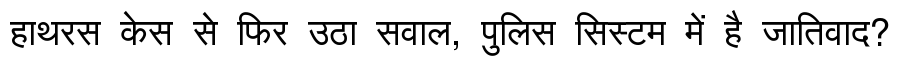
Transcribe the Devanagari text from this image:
हाथरस केस से फिर उठा सवाल, पुलिस सिस्टम में है जातिवाद?